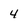
Character: 4